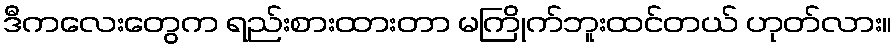
ဒီကလေးတွေက ရည်းစားထားတာ မကြိုက်ဘူးထင်တယ် ဟုတ်လား။